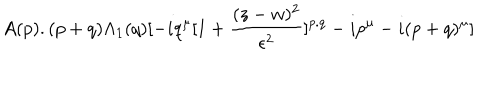
A ( p ) . ( p + q ) \Lambda _ { 1 } ( q ) [ - i q ^ { \mu } [ 1 + { \frac { ( z - w ) ^ { 2 } } { \epsilon ^ { 2 } } } ] ^ { p . q } - i p ^ { \mu } - i ( p + q ) ^ { \mu } ]